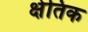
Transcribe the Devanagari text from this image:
क्षेतिक